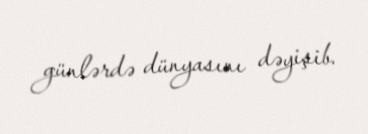
günlərdə dünyasını dəyişib.